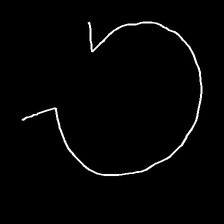
Glyph: weave